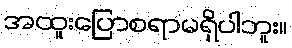
အထူးပြောစရာမရှိပါဘူး။